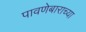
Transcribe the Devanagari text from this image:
पावणेबाराच्या